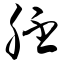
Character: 胚